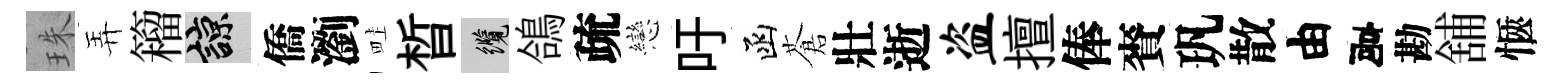
珠弄籕諒僑瀏畦晳纜鴿疏戀吁函蒼壯逝盗擅俸賚㺬散由建勘舖愜